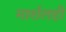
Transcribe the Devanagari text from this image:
मार्शलही